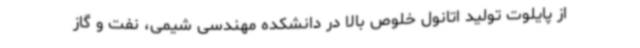
از پایلوت تولید اتانول خلوص بالا در دانشکده مهندسی شیمی، نفت و گاز